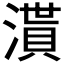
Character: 𣽒